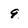
Character: 9